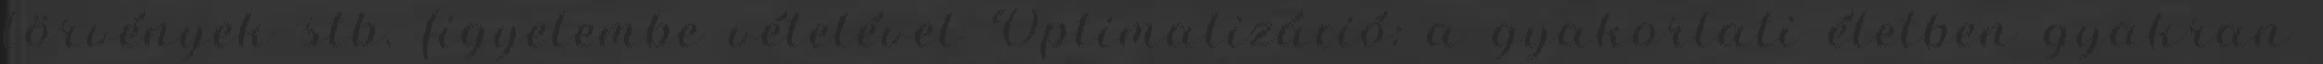
törvények stb. figyelembe vételével Optimalizáció: a gyakorlati életben gyakran